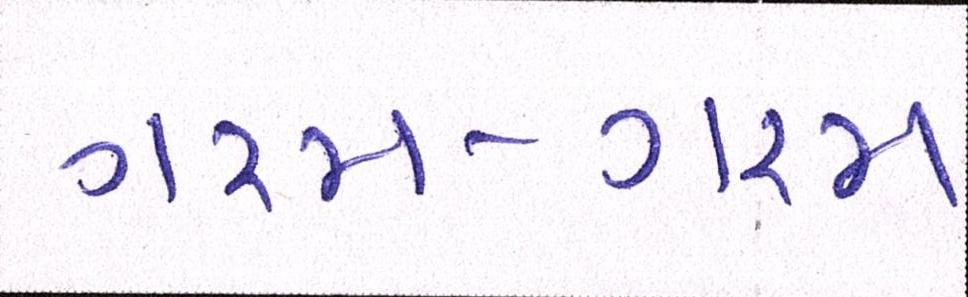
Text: ગરમ-ગરમ